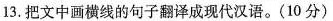
13. 把文中画横线的句子翻译成现代汉语。(10分)